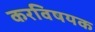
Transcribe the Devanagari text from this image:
करविषयक